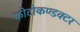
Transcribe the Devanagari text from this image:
फोटोकण्डक्टर